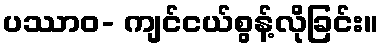
ပဿာဝ- ကျင်ငယ်စွန့်လိုခြင်း။